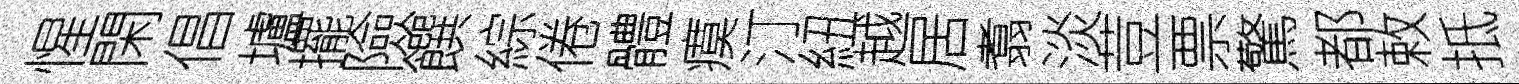
惺閑倡壚擺險饌綜倦體瘼汀紐越居翥淡荳票驚都敕抵